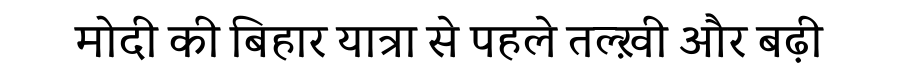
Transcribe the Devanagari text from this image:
मोदी की बिहार यात्रा से पहले तल्ख़ी और बढ़ी